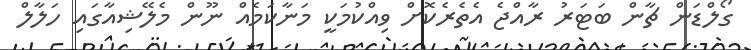
ގޯލްޑަން ޗާން ބަޓަރު ރާއްޖެ އެތެރެކޮށް ވިއްކުމަކީ މަނާކަމެއް ނޫން މެލޭޝިއާގައި ހަލާލް